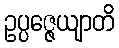
ဥပ္ပဇ္ဇေယျာတိ